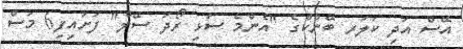
އޭސް އަދި ކަލަރ ބޭންކްގެ "އެންމެ ސަޅި ރޯދަ ސޭލް" ފަށައިފި6 މަސް